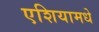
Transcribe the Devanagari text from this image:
एशियामधे